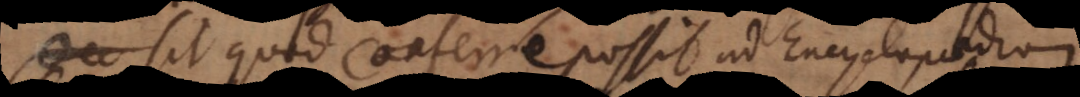
sit quod conferre possit ad Encyclopaediam.